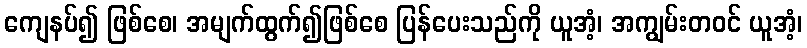
ကျေနပ်၍ ဖြစ်စေ၊ အမျက်ထွက်၍ဖြစ်စေ ပြန်ပေးသည်ကို ယူအံ့၊ အကျွမ်းတဝင် ယူအံ့၊